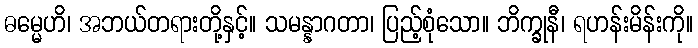
ဓမ္မေဟိ၊ အဘယ်တရားတို့နှင့်။ သမန္နာဂတာ၊ ပြည့်စုံသော။ ဘိက္ခုနီ၊ ရဟန်းမိန်းကို။